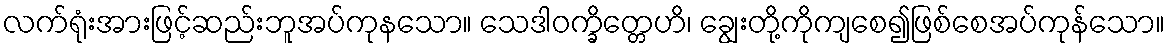
လက်ရုံးအားဖြင့်ဆည်းဘူအပ်ကုနသော။ သေဒါဝက္ခိတ္တေဟိ၊ ချွေးတို့ကိုကျစေ၍ဖြစ်စေအပ်ကုန်သော။